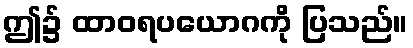
ဤ၌ ထာဝရပယောဂကို ပြသည်။